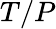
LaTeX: T/P